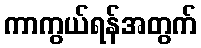
ကာကွယ်ရန်အတွက်